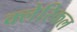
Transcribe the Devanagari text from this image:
क्लेरिकल